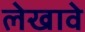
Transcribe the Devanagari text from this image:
लेखावे